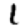
Digit: 1